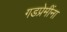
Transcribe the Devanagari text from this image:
गडप्रेमींना